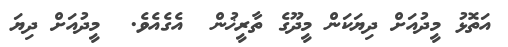
އަތޮޅު މީދުއަށް ދިޔަކަން މީދޫގެ ތާރީޚުން  އެގެއެވެ.  މީދުއަށް ދިޔަ